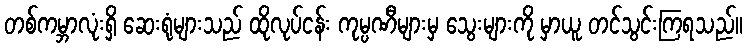
တစ်ကမ္ဘာလုံးရှိ ဆေးရုံများသည် ထိုလုပ်ငန်း ကုမ္ပဏီများမှ သွေးများကို မှာယူ တင်သွင်းကြရသည်။